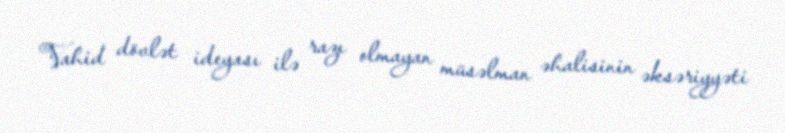
Vahid dövlət ideyası ilə razı olmayan müsəlman əhalisinin əksəriyyəti